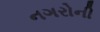
નગરોની